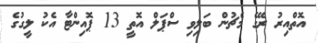
އޮތްއިރު ރޭގެ މެޗުން ބަލިވި ސްޕަލް އޮތީ 13 ޕޮއިންޓާ އެކު ލީގުގެ